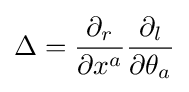
\Delta ={\frac {\partial _{r}}{\partial x^{a}}}{\frac {\partial _{l}}{\partial \theta _{a}}}